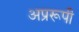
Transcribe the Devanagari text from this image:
अप्ररूपी